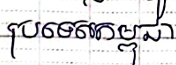
ប្រទេសកម្ពុជា